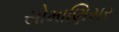
સોમાણિસર